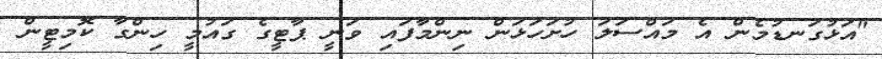
"އަޅުގަނޑުމެން އެ މައްސަލަ ހުށަހަޅަން ނިންމާފައި ވަނީ ޕާޓީގެ ގައުމީ ހިންގާ ކޮމިޓީން